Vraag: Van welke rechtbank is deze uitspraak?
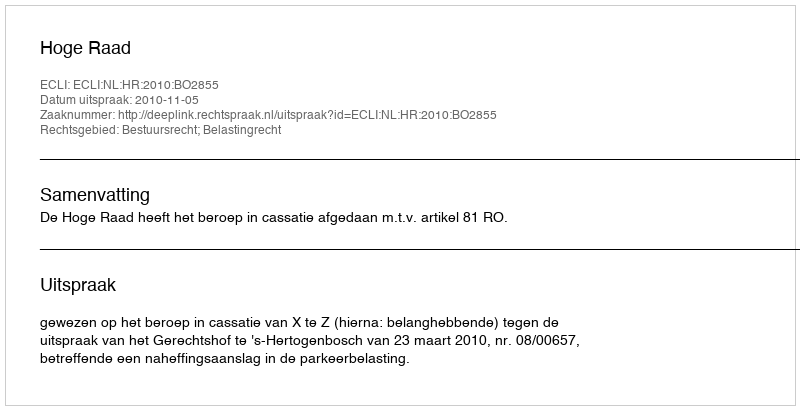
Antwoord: Hoge Raad